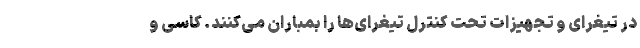
در تیغرای و تجهیزات تحت کنترل تیغرای‌ها را بمباران می‌کنند. کاسی و